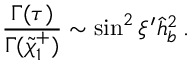
\frac { \Gamma ( \tau ) } { \Gamma ( \tilde { \chi } _ { 1 } ^ { + } ) } \sim \sin ^ { 2 } \xi ^ { \prime } \hat { h } _ { b } ^ { 2 } \, .